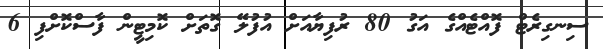
ސިނގިރެޓް ފޮއްޓެއްގެ އަގު 80 ރުފިޔާއަށް އުފުލޭ ގޮތަށް ކޮމިޓީން ފާސްކޮށްފި 6